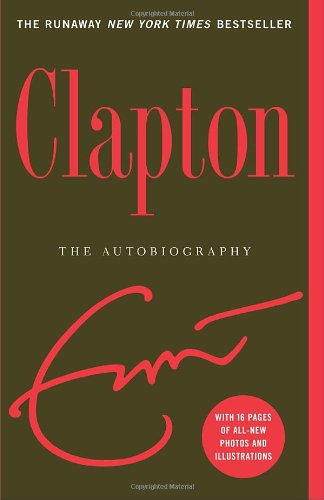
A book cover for Clapton: The Autobiography; Eric Clapton; Cookbooks, Food & Wine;